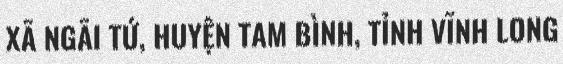
XÃ NGÃI TỨ, HUYỆN TAM BÌNH, TỈNH VĨNH LONG